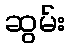
ဆွမ်း